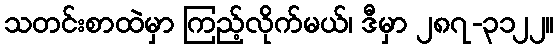
သတင်းစာထဲမှာ ကြည့်လိုက်မယ်၊ ဒီမှာ ၂၈၇-၃၁၂၂။